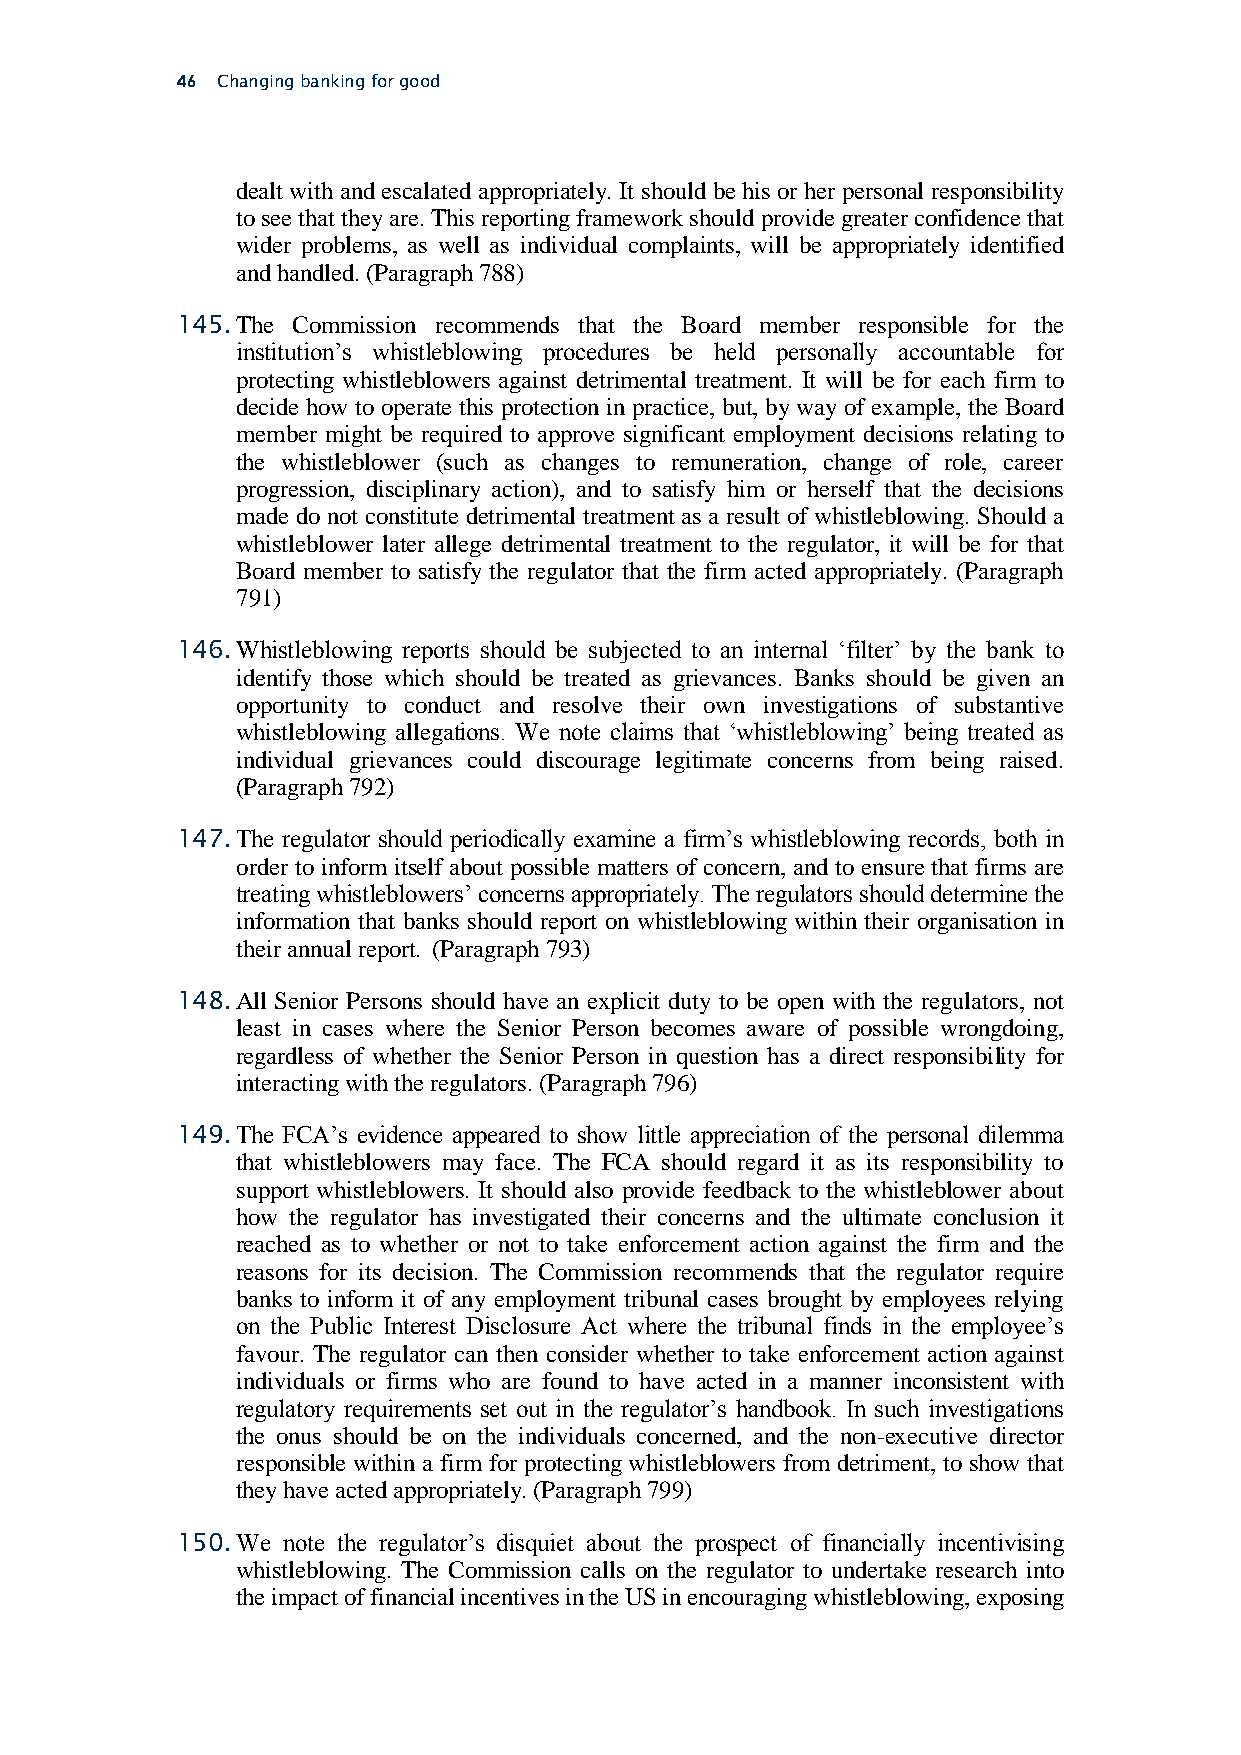
46 Changing banking for good
 dealt with and escalated appropriately. It should be his or her personal responsibility
 to see that they are. This reporting framework should provide greater confidence that
 wider problems, as well as individual complaints, will be appropriately identified
 and handled. (Paragraph 788)
 145. The Commission recommends that the Board member responsible for the
 institution’s whistleblowing procedures be held personally accountable for
 protecting whistleblowers against detrimental treatment. It will be for each firm to
 decide how to operate this protection in practice, but, by way of example, the Board
 member might be required to approve significant employment decisions relating to
 the whistleblower (such as changes to remuneration, change of role, career
 progression, disciplinary action), and to satisfy him or herself that the decisions
 made do not constitute detrimental treatment as a result of whistleblowing. Should a
 whistleblower later allege detrimental treatment to the regulator, it will be for that
 Board member to satisfy the regulator that the firm acted appropriately. (Paragraph
 791)
 146. Whistleblowing reports should be subjected to an internal ‘filter’ by the bank to
 identify those which should be treated as grievances. Banks should be given an
 opportunity to conduct and resolve their own investigations of substantive
 whistleblowing allegations. We note claims that ‘whistleblowing’ being treated as
 individual grievances could discourage legitimate concerns from being raised.
 (Paragraph 792)
 147. The regulator should periodically examine a firm’s whistleblowing records, both in
 order to inform itself about possible matters of concern, and to ensure that firms are
 treating whistleblowers’ concerns appropriately. The regulators should determine the
 information that banks should report on whistleblowing within their organisation in
 their annual report. (Paragraph 793)
 148. All Senior Persons should have an explicit duty to be open with the regulators, not
 least in cases where the Senior Person becomes aware of possible wrongdoing,
 regardless of whether the Senior Person in question has a direct responsibility for
 interacting with the regulators. (Paragraph 796)
 149. The FCA’s evidence appeared to show little appreciation of the personal dilemma
 that whistleblowers may face. The FCA should regard it as its responsibility to
 support whistleblowers. It should also provide feedback to the whistleblower about
 how the regulator has investigated their concerns and the ultimate conclusion it
 reached as to whether or not to take enforcement action against the firm and the
 reasons for its decision. The Commission recommends that the regulator require
 banks to inform it of any employment tribunal cases brought by employees relying
 on the Public Interest Disclosure Act where the tribunal finds in the employee’s
 favour. The regulator can then consider whether to take enforcement action against
 individuals or firms who are found to have acted in a manner inconsistent with
 regulatory requirements set out in the regulator’s handbook. In such investigations
 the onus should be on the individuals concerned, and the non-executive director
 responsible within a firm for protecting whistleblowers from detriment, to show that
 they have acted appropriately. (Paragraph 799)
 150. We note the regulator’s disquiet about the prospect of financially incentivising
 whistleblowing. The Commission calls on the regulator to undertake research into
 the impact of financial incentives in the US in encouraging whistleblowing, exposing